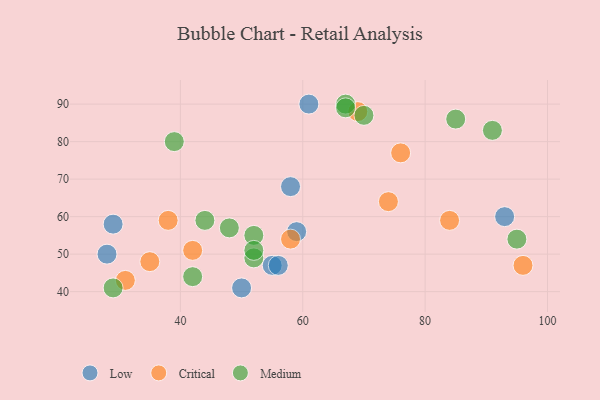
{"axis": {"x": "GDP", "y": "Life Expectancy"}, "legend": ["Critical", "Low", "Medium"], "data": [{"x": "93", "y": 60, "type": "Low"}, {"x": "61", "y": 90, "type": "Low"}, {"x": "50", "y": 41, "type": "Low"}, {"x": "58", "y": 68, "type": "Low"}, {"x": "29", "y": 58, "type": "Low"}, {"x": "55", "y": 47, "type": "Low"}, {"x": "59", "y": 56, "type": "Low"}, {"x": "28", "y": 50, "type": "Low"}, {"x": "56", "y": 47, "type": "Low"}, {"x": "76", "y": 77, "type": "Critical"}, {"x": "38", "y": 59, "type": "Critical"}, {"x": "96", "y": 47, "type": "Critical"}, {"x": "31", "y": 43, "type": "Critical"}, {"x": "58", "y": 54, "type": "Critical"}, {"x": "42", "y": 51, "type": "Critical"}, {"x": "35", "y": 48, "type": "Critical"}, {"x": "69", "y": 88, "type": "Critical"}, {"x": "74", "y": 64, "type": "Critical"}, {"x": "84", "y": 59, "type": "Critical"}, {"x": "91", "y": 83, "type": "Medium"}, {"x": "29", "y": 41, "type": "Medium"}, {"x": "67", "y": 90, "type": "Medium"}, {"x": "67", "y": 89, "type": "Medium"}, {"x": "70", "y": 87, "type": "Medium"}, {"x": "95", "y": 54, "type": "Medium"}, {"x": "39", "y": 80, "type": "Medium"}, {"x": "52", "y": 55, "type": "Medium"}, {"x": "48", "y": 57, "type": "Medium"}, {"x": "52", "y": 49, "type": "Medium"}, {"x": "42", "y": 44, "type": "Medium"}, {"x": "85", "y": 86, "type": "Medium"}, {"x": "44", "y": 59, "type": "Medium"}, {"x": "52", "y": 51, "type": "Medium"}]}